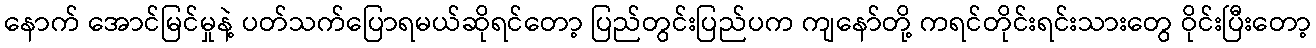
နောက် အောင်မြင်မှုနဲ့ ပတ်သက်ပြောရမယ်ဆိုရင်တော့ ပြည်တွင်းပြည်ပက ကျနော်တို့ ကရင်တိုင်းရင်းသားတွေ ဝိုင်းပြီးတော့